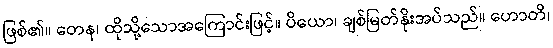
ဖြစ်၏။ တေန၊ ထိုသို့သောအကြောင်းဖြင့်။ ပိယော၊ ချစ်မြတ်နိုးအပ်သည်။ ဟောတိ၊